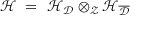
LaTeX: { \mathcal H } \ = \ { \mathcal H } _ { { \mathcal D } } \otimes _ { { \mathcal Z } } { \mathcal H } _ { \overline { { { { \mathcal D } } } } }